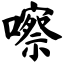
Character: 嚓